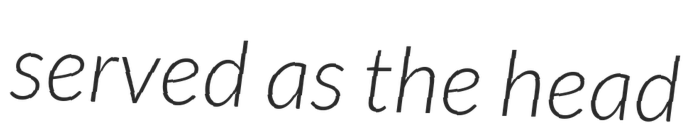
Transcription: served as the head